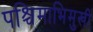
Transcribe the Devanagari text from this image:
पश्चिमाभिमुखी